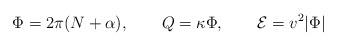
LaTeX: \begin{align*}\Phi=2\pi (N+\alpha), \qquad Q=\kappa \Phi, \qquad {\cal E}=v^2|\Phi|\end{align*}